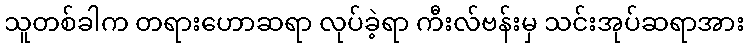
သူတစ်ခါက တရားဟောဆရာ လုပ်ခဲ့ရာ ကီးလ်ဗန်းမှ သင်းအုပ်ဆရာအား